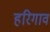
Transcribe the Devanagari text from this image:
हरिगाव